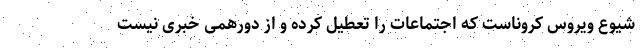
شیوع ویروس کروناست که اجتماعات را تعطیل کرده و از دورهمی خبری نیست